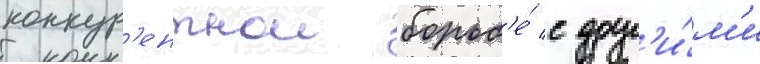
конкур'ентнои борьб'е́ с друг'и́м'и